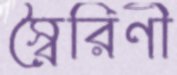
স্বৈরিণী